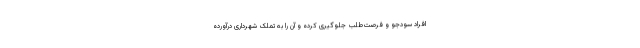
افراد سودجو و فرصت‌طلب جلوگیری کرده و آن را به تملک شهرداری درآورده